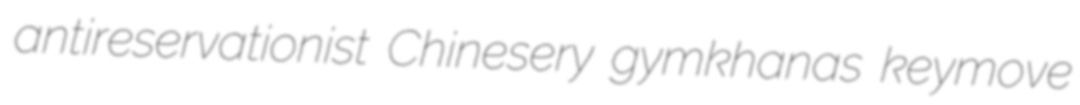
antireservationist Chinesery gymkhanas keymove